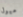
ميول